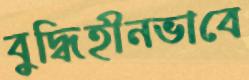
বুদ্ধিহীনভাবে